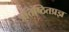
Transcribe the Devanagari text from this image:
प्रतिष्ठितप्रज्ञ